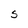
Character: S